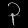
Digit: ၃